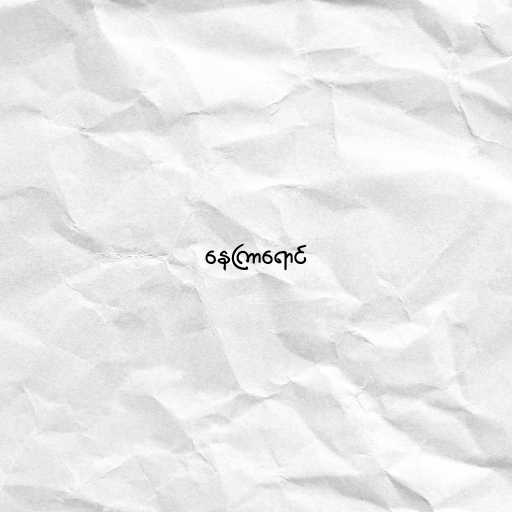
နေကြာရောင်